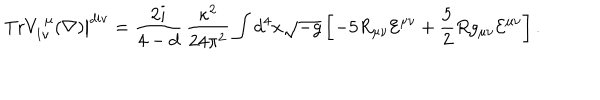
\left. \mathrm { T r } V _ { 1 \nu } ^ { ~ \mu } ( \nabla ) \right| ^ { \mathrm { d i v } } = \frac { 2 i } { 4 - d } \, \frac { \kappa ^ { 2 } } { 2 4 \pi ^ { 2 } } \int d ^ { 4 } x \sqrt { - g } \left[ - 5 R _ { \mu \nu } { \cal E } ^ { \mu \nu } + \frac { 5 } { 2 } R g _ { \mu \nu } { \cal E } ^ { \mu \nu } \right] .